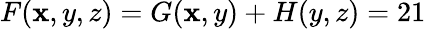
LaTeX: F(\mathbf{x},y,z)=G(\mathbf{x},y)+H(y,z)=21